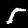
Label: 5